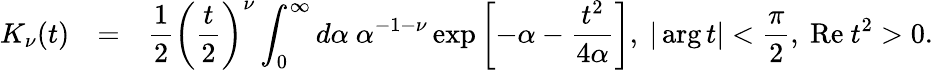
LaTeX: \begin{array}{rcl}{{K_{\nu}(t)}}&{{=}}&{{\displaystyle\frac{1}{2}\left(\frac{t}{2}\right)^{\nu}\int_{0}^{\infty}d\alpha~\alpha^{-1-\nu}\exp\left[-\alpha-\frac{t^{2}}{4\alpha}\right],~|\arg t|<\frac{\pi}{2},~\mathrm{Re~}t^{2}>0.}}\end{array}